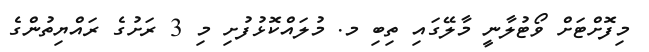
މިފޮށްޓަށް ވޯޓުލާނީ މާލޭގައި ތިބި މ. މުލައްކޮޅުފުށި މި 3 ރަށުގެ ރައްޔިތުންގެ